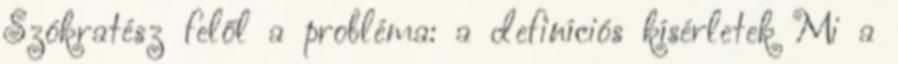
Szókratész felől a probléma: a definíciós kísérletek Mi a